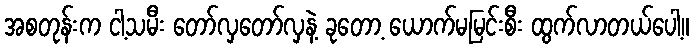
အစတုန်းက ငါ့သမီး တော်လှတော်လှနဲ့ ခုတော့ ယောက်မမြင်းစီး ထွက်လာတယ်ပေါ့။